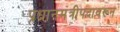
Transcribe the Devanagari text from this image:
प्रधानमंत्रीपदावरून